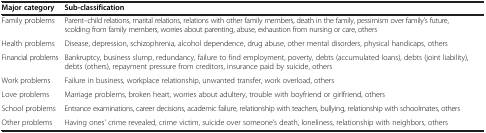
| Major category | Sub-classification |
 | --- | --- |
 | Family problems | Parent–child relations, marital relations, relations with other family members, death in the family, pessimism over family’s future, scolding from family members, worries about parenting, abuse, exhaustion from nursing or care, others |
 | Health problems | Disease, depression, schizophrenia, alcohol dependence, drug abuse, other mental disorders, physical handicaps, others |
 | Financial problems | Bankruptcy, business slump, redundancy, failure to find employment, poverty, debts (accumulated loans), debts (joint liability), debts (others), repayment pressure from creditors, insurance paid by suicide, others |
 | Work problems | Failure in business, workplace relationship, unwanted transfer, work overload, others |
 | Love problems | Marriage problems, broken heart, worries about adultery, trouble with boyfriend or girlfriend, others |
 | School problems | Entrance examinations, career decisions, academic failure, relationship with teachers, bullying, relationship with schoolmates, others |
 | Other problems | Having ones’ crime revealed, crime victim, suicide over someone’s death, loneliness, relationship with neighbors, others |